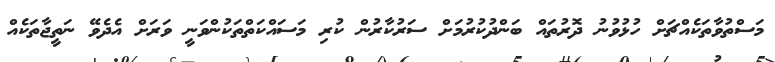
މަސްތުވާތަކެއްޗަށް ހުޅުވުނު ދޮރުތައް ބަންދުކުރުމަށް ސަރުކާރުން ކުރި މަސައްކަތްތަކުންވަނީ ވަރަށް އެދެވޭ ނަތީޖާތަކެއް